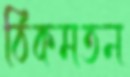
ঠিকমতন